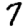
Digit: 7